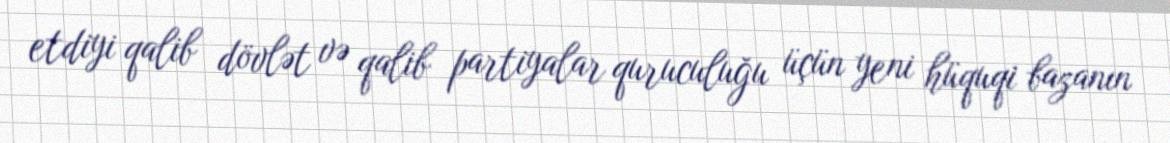
etdiyi qalib dövlət və qalib partiyalar quruculuğu üçün yeni hüquqi bazanın